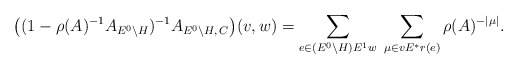
\begin{align*}\big((1-\rho(A)^{-1}A_{E^0\backslash H})^{-1}A_{E^0\backslash H,\,C}\big)(v,w)= \sum_{e \in (E^0 \backslash H) E^1 w}\; \sum_{\mu \in v E^* r(e)} \rho(A)^{-|\mu|}.\end{align*}